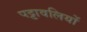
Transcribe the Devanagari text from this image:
पट्टावलियों